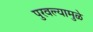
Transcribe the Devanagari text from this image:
पुरवल्यामुळे